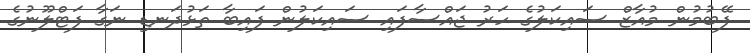
ފޭބުމުން މުއާޒް ސައިކަލުގެ ހަރު ޖައްސާފައި ސައިކަލުން ފައިބާ ތަޅުދަނޑި ނަގާ ފަޓްލޫނުގެ